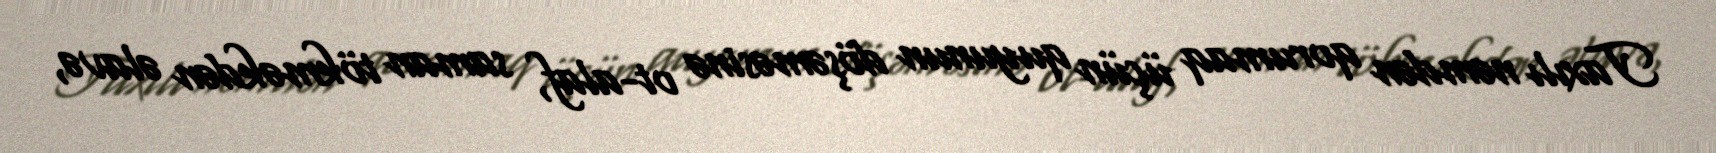
Taxılı nəmdən qorumaq üçün quyunun döşəməsinə ot-alaf, saman tökməkdən əlavə,